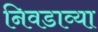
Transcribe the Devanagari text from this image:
निवडाव्या